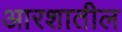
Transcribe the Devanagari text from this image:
आरशातील